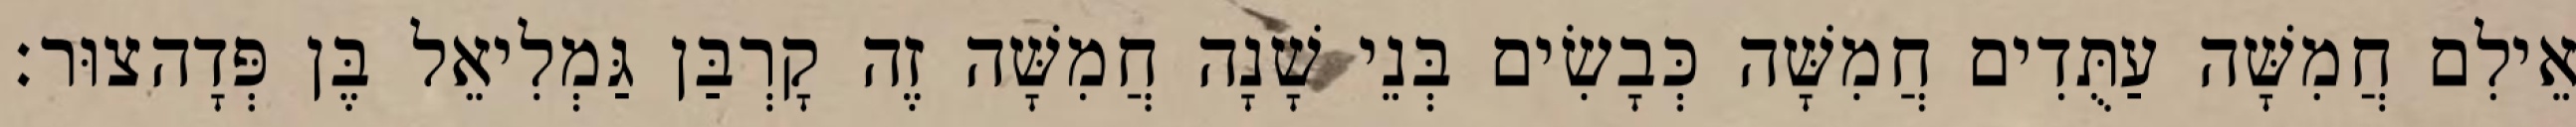
אֵילִם חֲמִשָּׁה עַתֻּדִים חֲמִשָּׁה כְּבָשִׂים בְּנֵי שָׁנָה חֲמִשָּׁה זֶה קָרְבַּן גַּמְלִיאֵל בֶּן פְּדָהצוּר׃